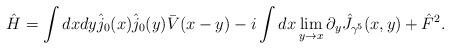
LaTeX: \begin{align*}\hat{H}=\int dxdy\hat{j}_{0}(x)\hat{j}_{0}(y)\bar{V}(x-y)-i\int dx\lim_{y\rightarrow x}\partial _{y}\hat{J}_{\gamma ^{5}}(x,y)+\hat F^2.\end{align*}